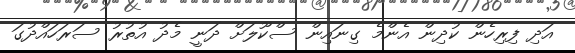
އަދި ފިރިހެން ކުދިން އެންމެ ގިނައިން ސްކޫލަށް ދަނީ މެދު އުތުރު ސަރަަހައްދުގަ